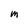
Character: M